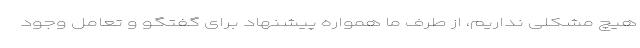
هیچ مشکلی نداریم، از طرف ما همواره پیشنهاد برای گفتگو و تعامل وجود